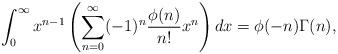
LaTeX: \begin{align*}\int_{0}^{\infty} x^{n-1}\left(\sum_{n=0}^{\infty}(-1)^{n} \frac{\phi(n)}{n !} x^{n}\right) dx =\phi(-n)\Gamma(n), \end{align*}